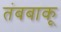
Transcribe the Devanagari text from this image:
तंबबाकू